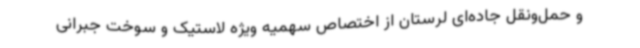
و حمل‌ونقل جاده‌ای لرستان از اختصاص سهمیه ویژه لاستیک و سوخت جبرانی